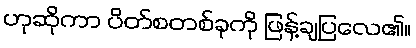
ဟုဆိုကာ ပိတ်စတစ်ခုကို ဖြန့်ချပြလေ၏။